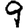
Digit: 9